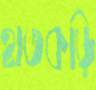
হাতকড়ি